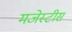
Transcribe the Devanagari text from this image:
मजेस्टीस